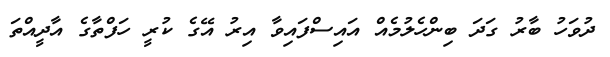
ދުވަހު ބާރު ގަދަ ބިންހެލުމެއް އައިސްފައިވާ އިރު އޭގެ ކުރީ ހަފްތާގެ އާދީއްތަ